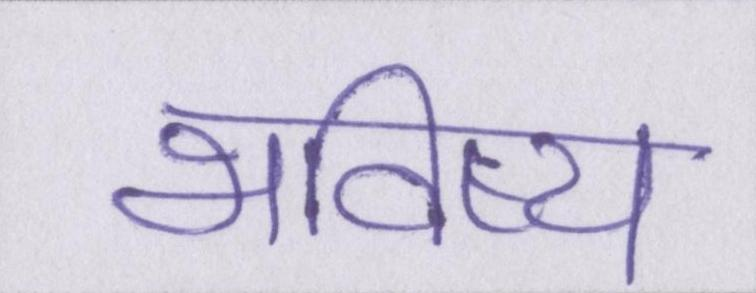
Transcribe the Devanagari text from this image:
भविष्य